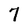
Character: 7